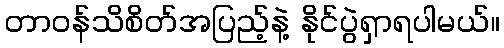
တာဝန်သိစိတ်အပြည့်နဲ့ နိုင်ပွဲရှာရပါမယ်။